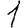
Digit: 1